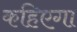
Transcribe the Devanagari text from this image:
कहिएगा